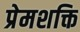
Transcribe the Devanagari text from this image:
प्रेमशक्ति